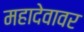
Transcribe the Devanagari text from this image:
महादेवावर